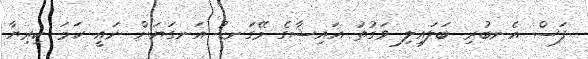
ފަސް އެނބުރި ބަލައިލި ވަގުތު އައިޝާގެ މޭގަނޑު އަނގަޔަށް ނައީ ހަމަ ކިރިޔާ